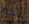
تخبر